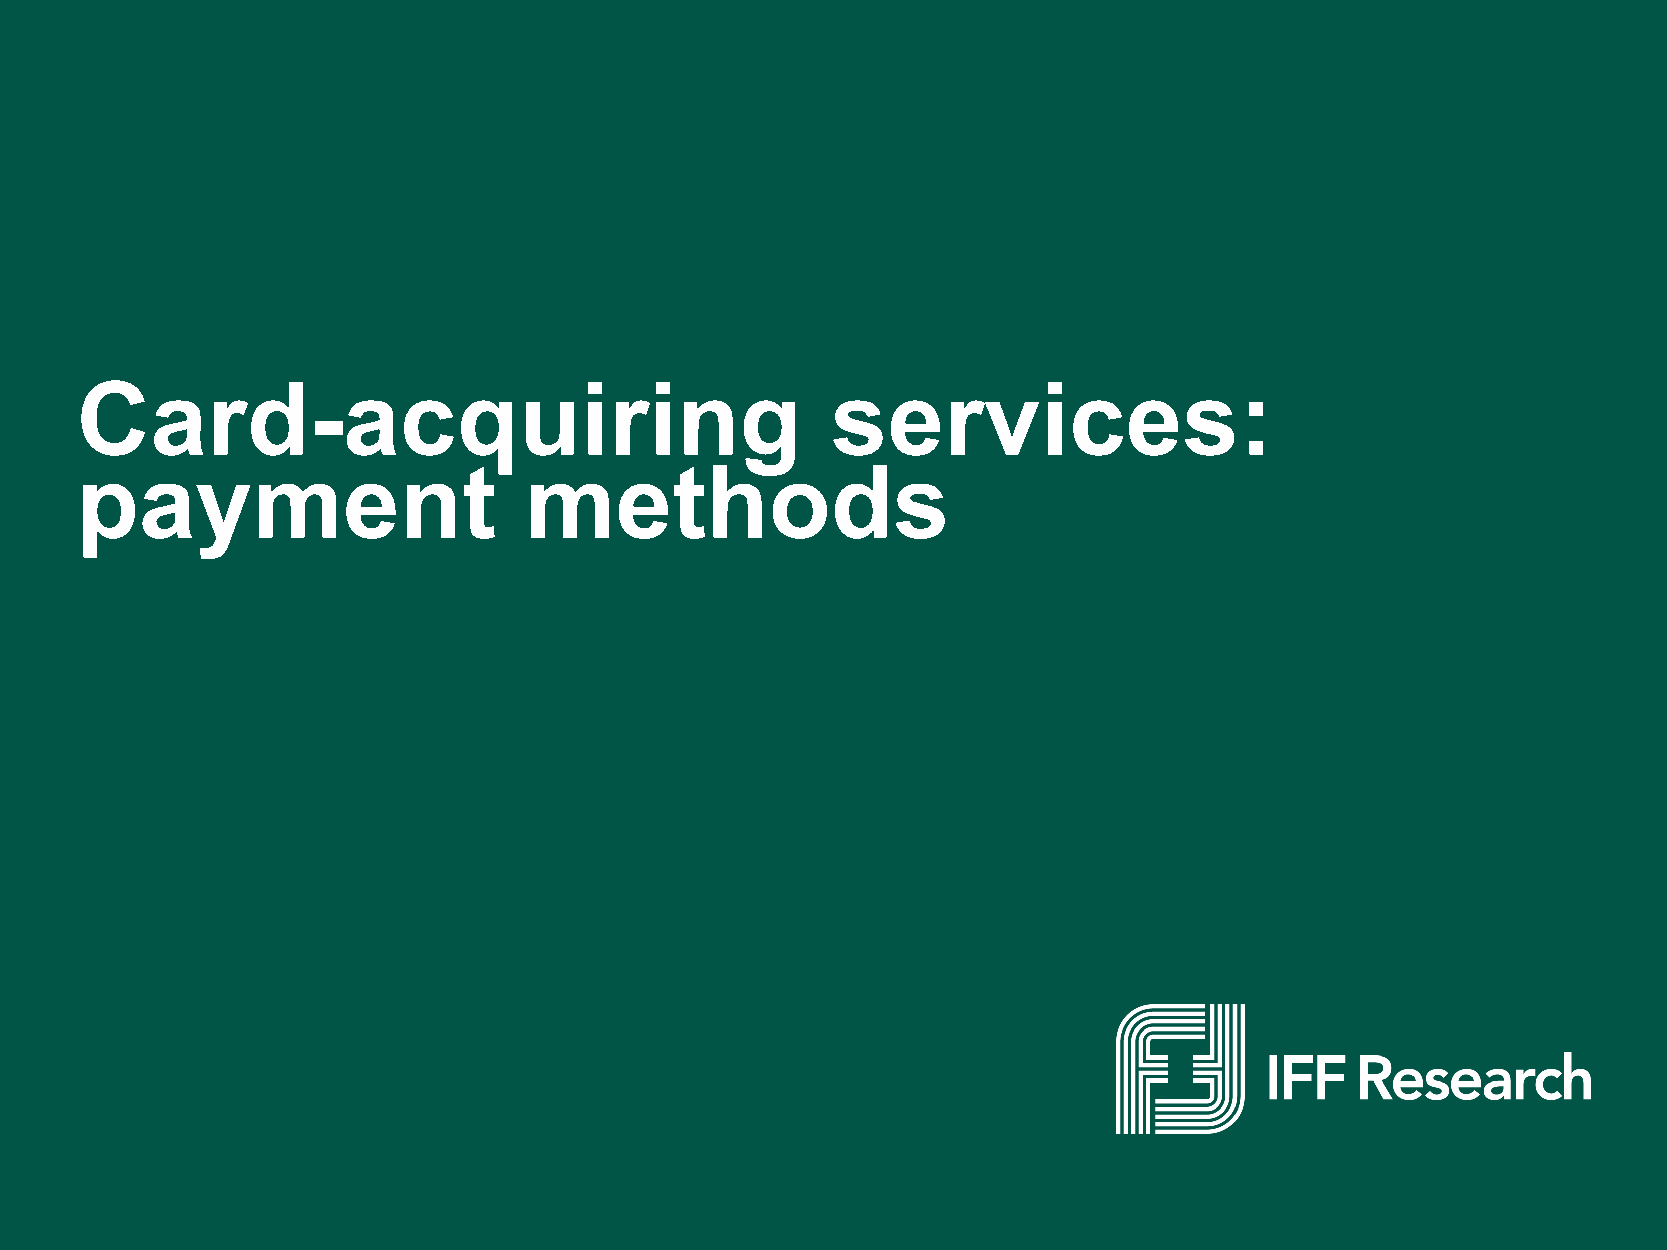
Card-acquiring                                    services:
 payment                       methods